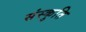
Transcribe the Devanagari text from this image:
संस्कुति